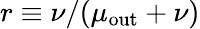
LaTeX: r\equiv\nu/(\mu_{\mathrm{out}}+\nu)